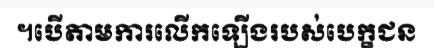
។បើតាមការលើកឡើងរបស់បេក្ខជន